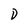
Character: D